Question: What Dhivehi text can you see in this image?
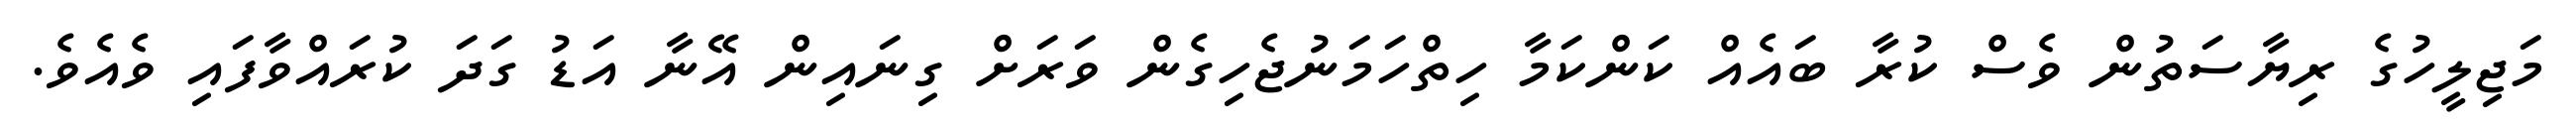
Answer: މަޖިލީހުގެ ރިޔާސަތުން ވެސް ކުރާ ބައެއް ކަންކަމާ ހިތްހަމަނުޖެހިގެން ވަރަށް ގިނައިން އޭނާ އަޑު ގަދަ ކުރައްވާފައި ވެއެވެ.